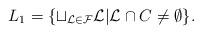
LaTeX: \begin{align*}L_1= \{ \sqcup_{\mathcal{L}\in \mathcal{F}}\mathcal{L} \vert \mathcal{L} \cap C \neq \emptyset \}. \end{align*}